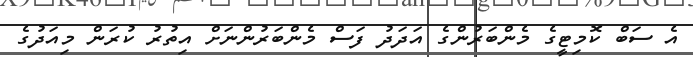
އެ ސަބް ކޮމިޓީގެ މެންބަރުންގެ އަދަދު ފަސް މެންބަރުންނަށް އިތުރު ކުރަން މިއަދުގެ